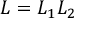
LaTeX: L = L _ { 1 } L _ { 2 }